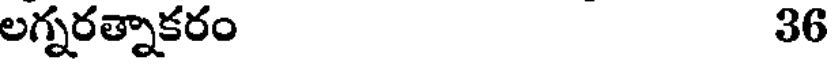
లగ్నరత్నాకరం 36